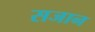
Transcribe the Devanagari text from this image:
सजान